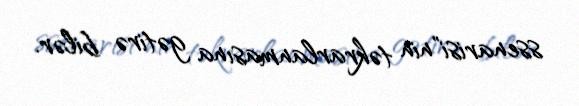
ssenarisi"nin təkrarlanmasına gətirə bilər.